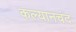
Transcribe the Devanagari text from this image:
कल्यानचंद